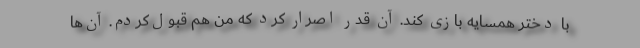
با دختر همسایه بازی کند. آن قدر اصرار کرد که من هم قبول‌کردم. آن‌ها